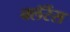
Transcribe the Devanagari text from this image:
क्लॅरेंस